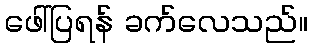
ဖေါ်ပြရန် ခက်လေသည်။